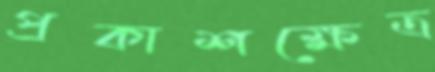
প্রকাশক্ষেত্র